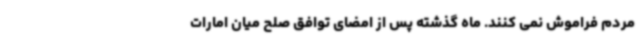
مردم فراموش نمی کنند. ماه گذشته پس از امضای توافق صلح میان امارات